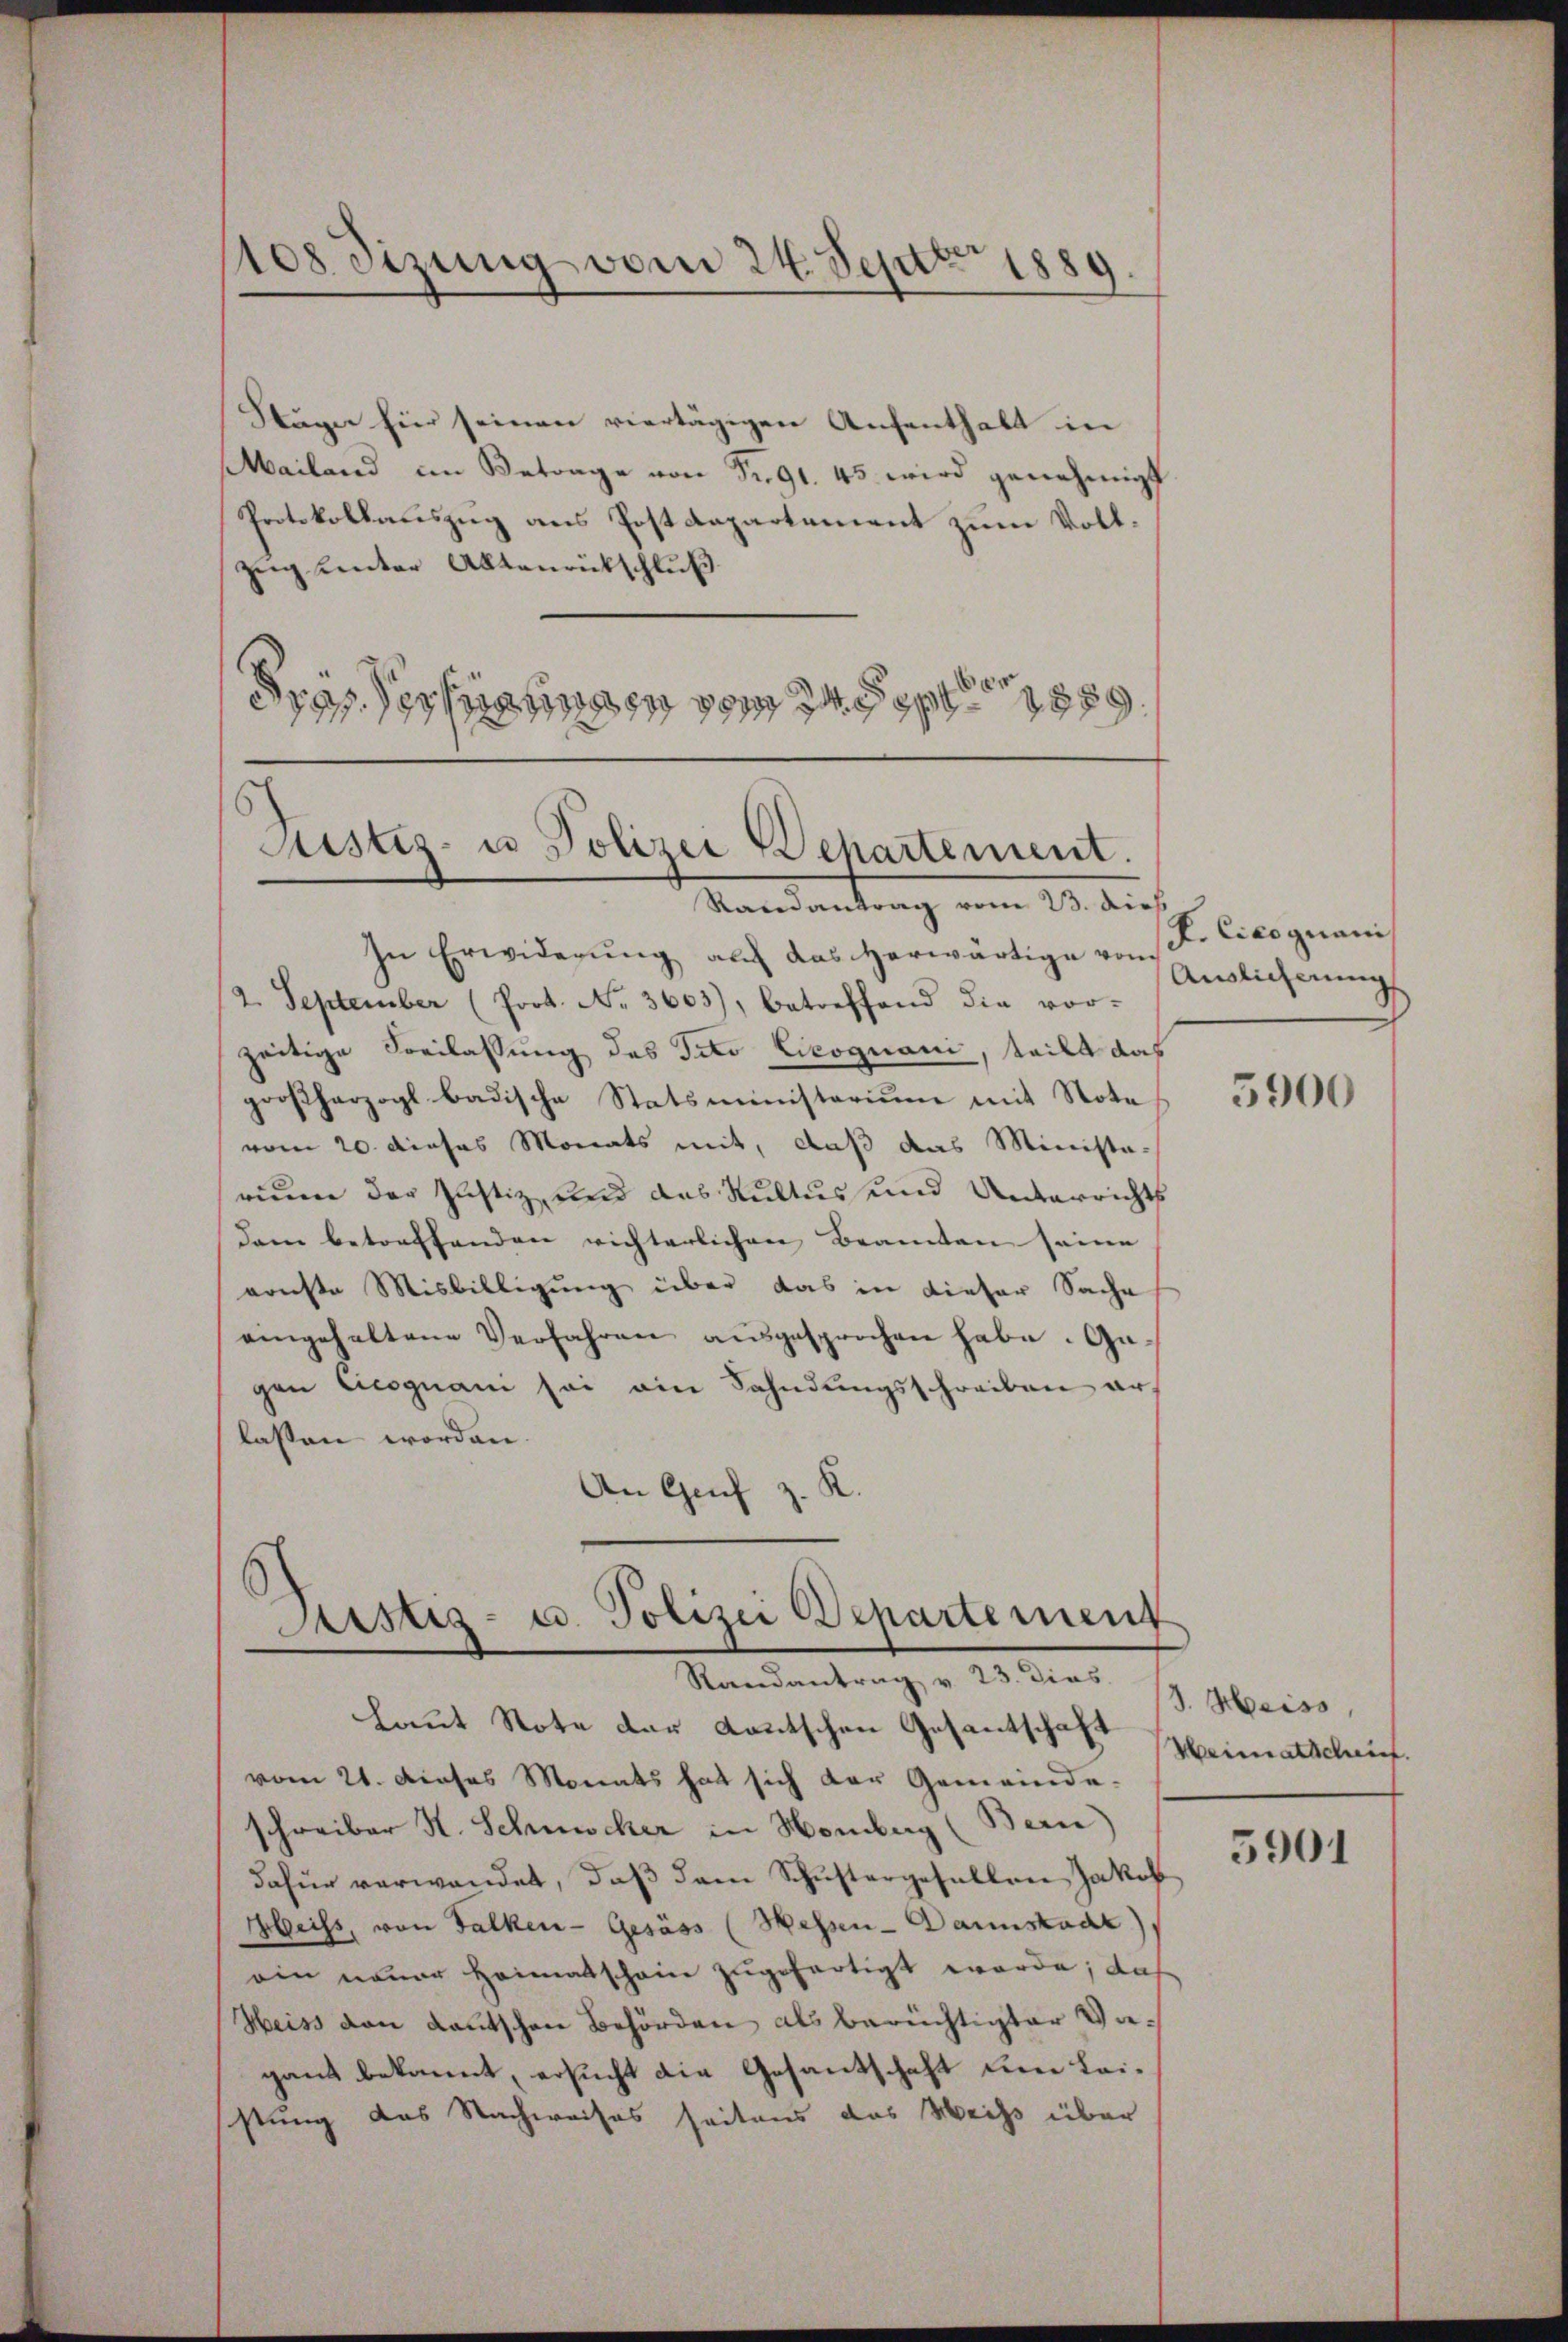
108 Sizung vom 24. Sept. 1889.

Stäge für seinen viertägigen Aufenthalt in
Mailand im Betrage von Fr. 91. 45 wird genehmigt
Protokollauszug aus Postdepartement zum Vollzug unter Altenrütschluß
drassertigungen von de

Justiz- u Polizei Departement.

Randantrag vom 23. dich
In Erwiderung auf das herwärtige von Sr. Cicognani
2. September (Prot. No. 3603), betreffend die vor-
zeitige Beilassung des Tito Cicognani, teilt das
großherzogl badische Statsministerium mit Note
vom 20. dieses Monats mit, daß das Minista-
rinne der Justiz und das Kultus und Unterrichts
dam betreffenden richterlichen Beamten seine
ernste Misbilligung über das in dieser Sache
eingehaltene Verfahren aŭsgesprochen habe. Ge-
gen Cicognani sei ein Sahndungsschreiben arlassen worden.
An Genf z. K.

Astiz- u. Polizei Departement
Randantrag v. 23. dies

Laut Note der Lautschen Gesantschaft
vom 21. dieses Monats hat sich der Gemeinde-
schreiber H. Schmucker in Homburg (Bern)
dafür verwandet, daβ dem Schŭstergefallen Jakob
Bleiss, von Falken-Gesäss (Wessen-Darmstadt),
oin neuer Heimatschein zugefertigt werde; daß
Heiss von Kautschen Behörden als berüchtigter Vagant bekannt, ersucht die Gesandtschaft den Leistung das Nachweises seitens das Weiss über

Auslicherung

35900

3. Heiss,
Heimatscheint.

5901